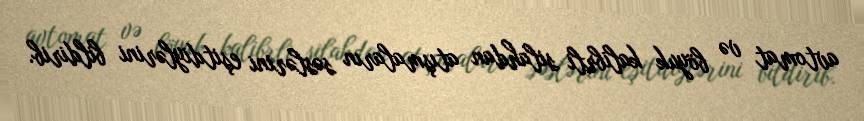
avtomat və böyuk kalibrli silahdan atışmaların səslərini eşitdiylərini bildirib.